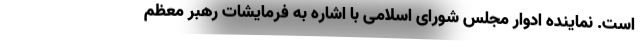
است. نماینده ادوار مجلس شورای اسلامی با اشاره به فرمایشات رهبر معظم